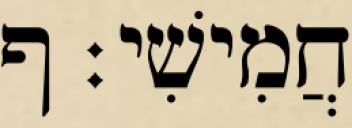
חֲמִישִׁי׃ ף